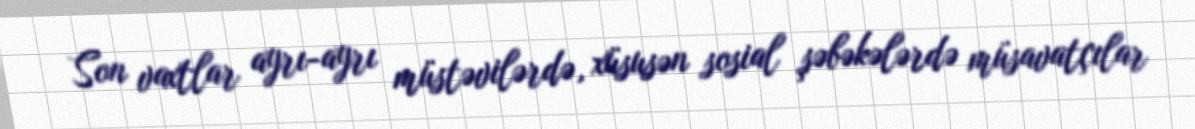
Son vaxtlar ayrı-ayrı müstəvilərdə, xüsusən sosial şəbəkələrdə müsavatçılar